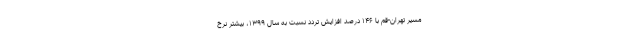
مسیر تهران-قم با ۱۴۶ درصد افزایش تردد نسبت به سال ۱۳۹۹، بیشتر نرخ